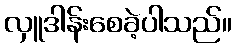
လှူဒါန်းစေခဲ့ပါသည်။